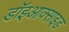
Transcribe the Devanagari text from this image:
डॉइआक्साइड